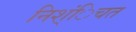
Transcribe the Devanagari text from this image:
निश्ंिचत